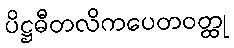
ပိဋ္ဌဓီတလိကပေတဝတ္ထု